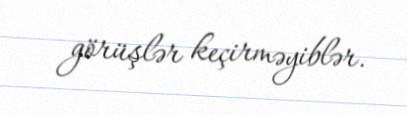
görüşlər keçirməyiblər.